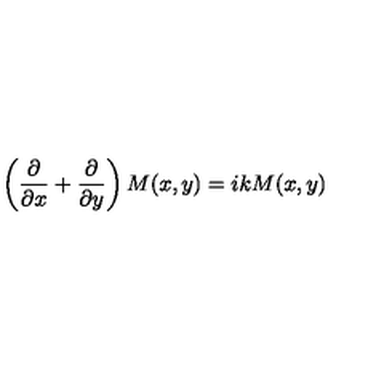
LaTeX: \left( \frac { \partial } { \partial x } + \frac { \partial } { \partial y } \right) M ( x , y ) = i k M ( x , y )